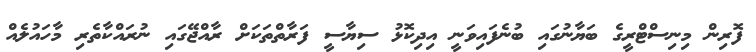
ފޮރިން މިނިސްޓްރީގެ ބަޔާނުގައި ބުނެފައިވަނީ އިދިކޮޅު ސިޔާސީ ފަރާތްތަކަށް ރާއްޖޭގައި ނުރައްކާތެރި މާހައުލެއް